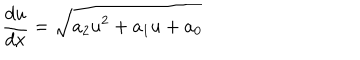
\frac { d u } { d x } = \sqrt { a _ { 2 } u ^ { 2 } + a _ { 1 } u + a _ { 0 } }